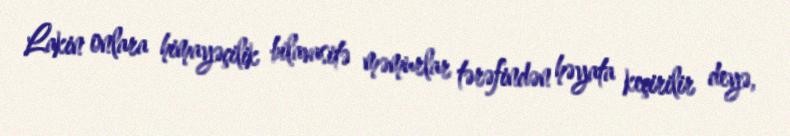
Lakin onlara himayəçilik bilavasitə məmurlar tərəfindən həyata keçirilir deyə,